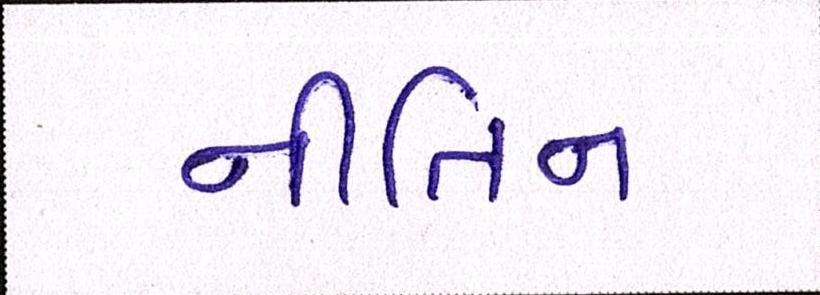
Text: નીતિન